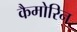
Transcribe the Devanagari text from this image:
कैमोरिन